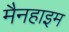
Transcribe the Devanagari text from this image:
मैनहाइम